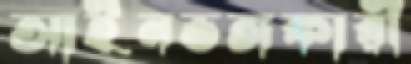
আইনভঙ্গকারী